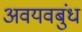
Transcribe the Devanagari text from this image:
अवयवबुंध